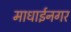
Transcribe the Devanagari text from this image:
माधाईनगर